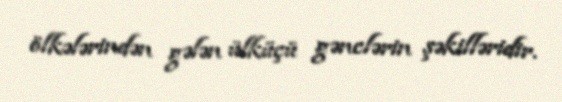
ölkələrindən gələn ülküçü gənclərin şəkilləridir.